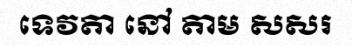
ទេវតា នៅ តាម សសរ